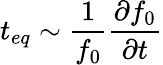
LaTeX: t_{eq}\sim\frac{1}{f_{0}}\frac{\partial f_{0}}{\partial t}